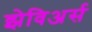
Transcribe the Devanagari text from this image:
झेविअर्स